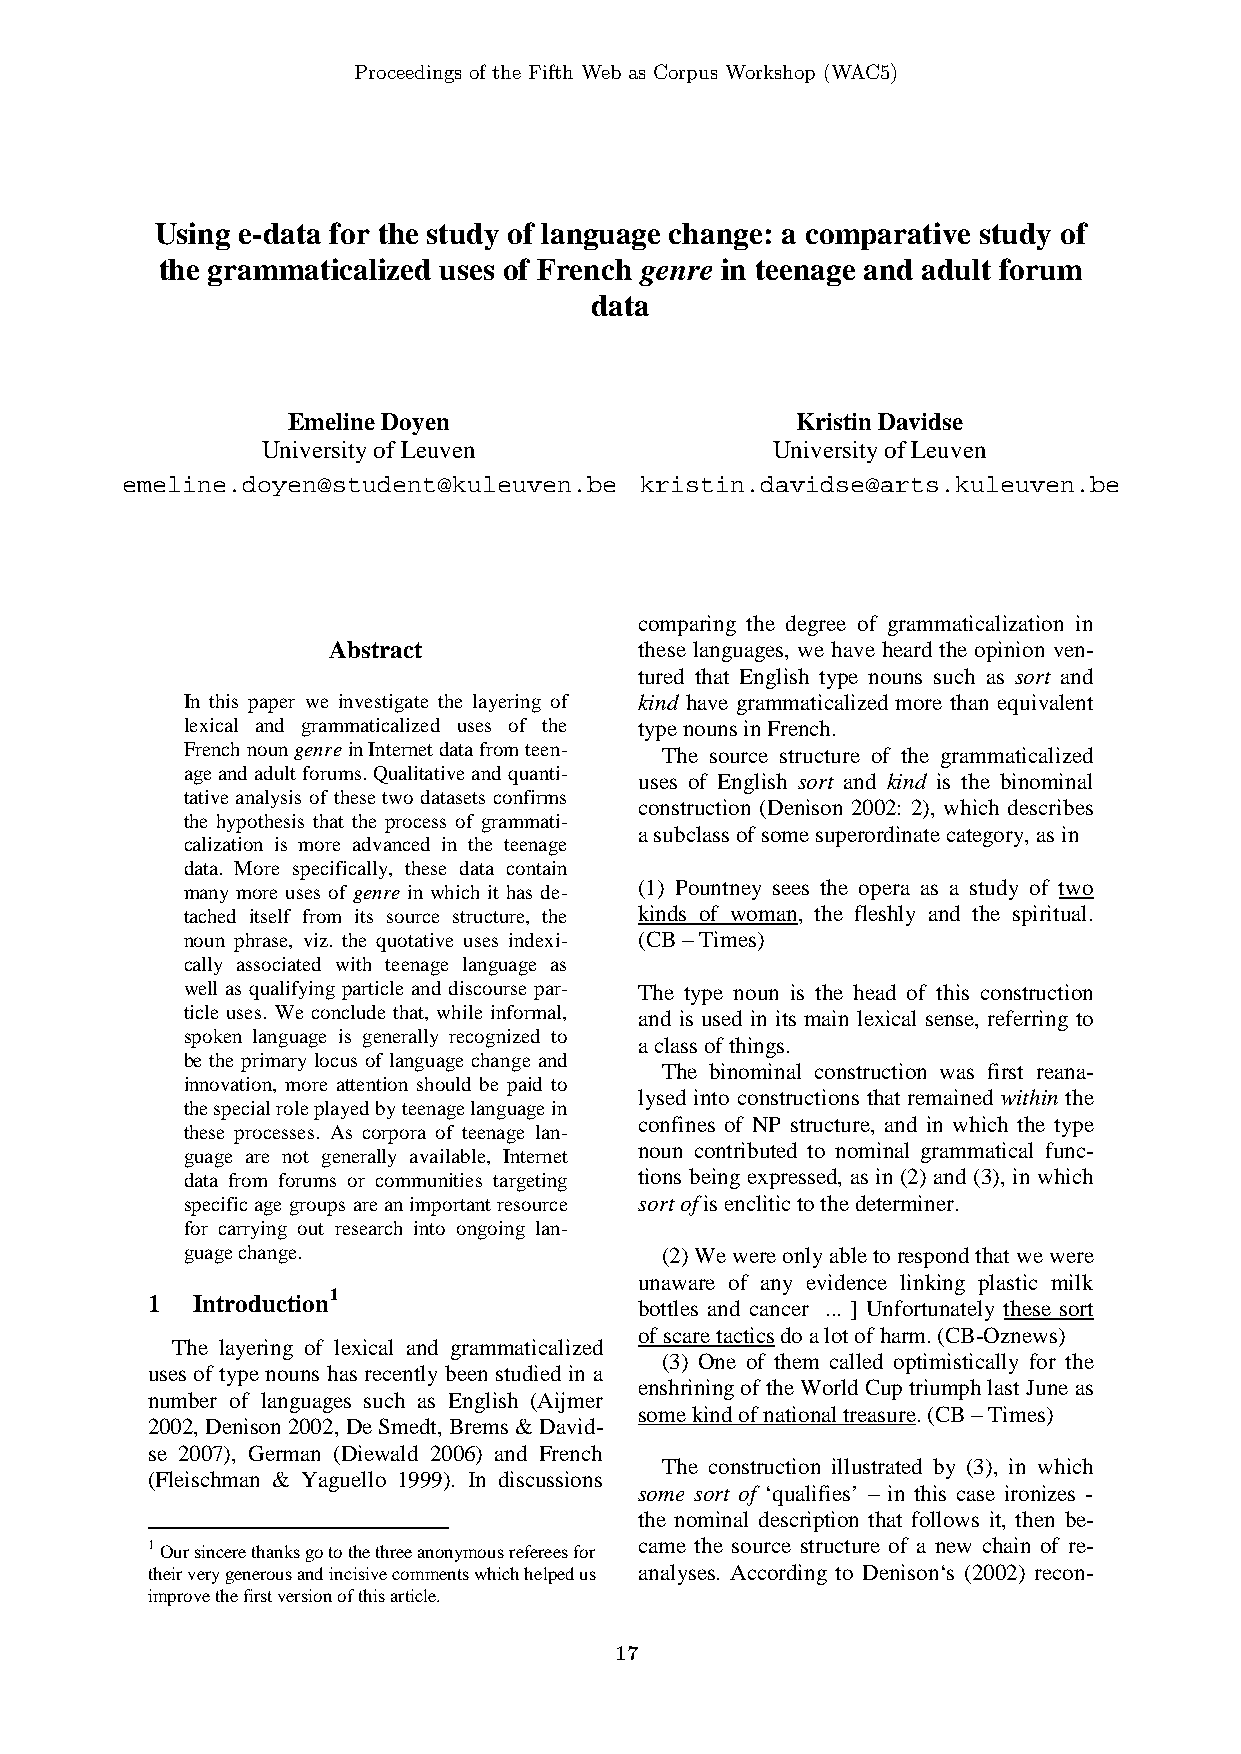
Proceedings of the Fifth Web as Corpus Workshop (WAC5)
 Using e-data for the study of language change: a comparative study of
 the grammaticalized uses of French genre in teenage and adult forum
 data
 Emeline Doyen                     Kristin Davidse
 University of Leuven              University of Leuven
 emeline.doyen@student@kuleuven.be kristin.davidse@arts.kuleuven.be
 comparing the degree of grammaticalization in
 Abstract            these languages, we have heard the opinion ven-
 tured that English type nouns such as sort and
 In this paper we investigate the layering of kind have grammaticalized more than equivalent
 lexical and grammaticalized uses of the type nouns in French.
 French noun genre in Internet data from teen- The source structure of the grammaticalized
 age and adult forums. Qualitative and quanti-
 uses of English sort and kind is the binominal
 tative analysis of these two datasets confirms
 construction (Denison 2002: 2), which describes
 the hypothesis that the process of grammati-
 a subclass of some superordinate category, as in
 calization is more advanced in the teenage
 data. More specifically, these data contain
 (1) Pountney sees the opera as a study of two
 many more uses of genre in which it has de-
 tached itself from its source structure, the kinds of woman, the fleshly and the spiritual.
 noun phrase, viz. the quotative uses indexi- (CB – Times)
 cally associated with teenage language as
 well as qualifying particle and discourse par- The type noun is the head of this construction
 ticle uses. We conclude that, while informal, and is used in its main lexical sense, referring to
 spoken language is generally recognized to
 a class of things.
 be the primary locus of language change and
 The binominal construction was first reana-
 innovation, more attention should be paid to
 lysed into constructions that remained within the
 the special role played by teenage language in
 confines of NP structure, and in which the type
 these processes. As corpora of teenage lan-
 noun contributed to nominal grammatical func-
 guage are not generally available, Internet
 data from forums or communities targeting tions being expressed, as in (2) and (3), in which
 specific age groups are an important resource sort of is enclitic to the determiner.
 for carrying out research into ongoing lan-
 guage change.                   (2) We were only able to respond that we were
 unaware of any evidence linking plastic milk
 1  Introduction1                bottles and cancer ... ] Unfortunately these sort
 of scare tactics do a lot of harm. (CB-Oznews)
 The layering of lexical and grammaticalized
 (3) One of them called optimistically for the
 uses of type nouns has recently been studied in a
 enshrining of the World Cup triumph last June as
 number of languages such as English (Aijmer
 some kind of national treasure. (CB – Times)
 2002, Denison 2002, De Smedt, Brems & David-
 se 2007), German (Diewald 2006) and French
 The construction illustrated by (3), in which
 (Fleischman & Yaguello 1999). In discussions
 some sort of ‘qualifies’ – in this case ironizes -
 the nominal description that follows it, then be-
 1 Our sincere thanks go to the three anonymous referees for came the source structure of a new chain of re-
 their very generous and incisive comments which helped us analyses. According to Denison‘s (2002) recon-
 improve the first version of this article.
 17